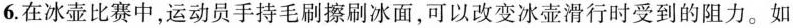
6.在冰壶比赛中，运动员手持毛刷擦刷冰面，可以改变冰壶滑行时受到的阻力。如